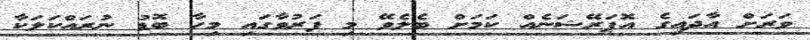
ވަރަށް އާދައިގެ އޮޕަރޭޝަނެއް ކަމަށް ބެލެވޭ މި ފަރުވާގައި މިހާ ބޮޑު ނުރައްކަލަކާ